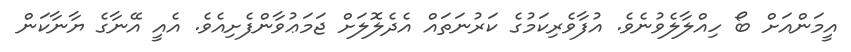
އީމަންއަށް ބޯ ހިއްލާލެވުނެވެ. އުފާވެރިކަމުގެ ކަރުނަތައް އެދެލޮލަށް ޖަމަޢުވާންފެށިއެވެ. އެއީ އޭނާގެ ޔާނާކަން